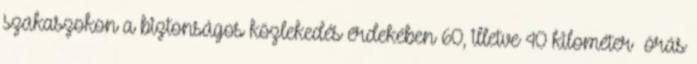
szakaszokon a biztonságos közlekedés érdekében 60, illetve 40 kilométer órás